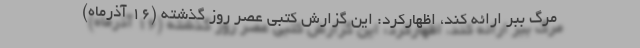
مرگ ببر ارائه کند، اظهارکرد: این گزارش کتبی عصر روز گذشته (۱۶ آذرماه)